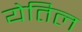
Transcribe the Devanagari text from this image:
येतिल